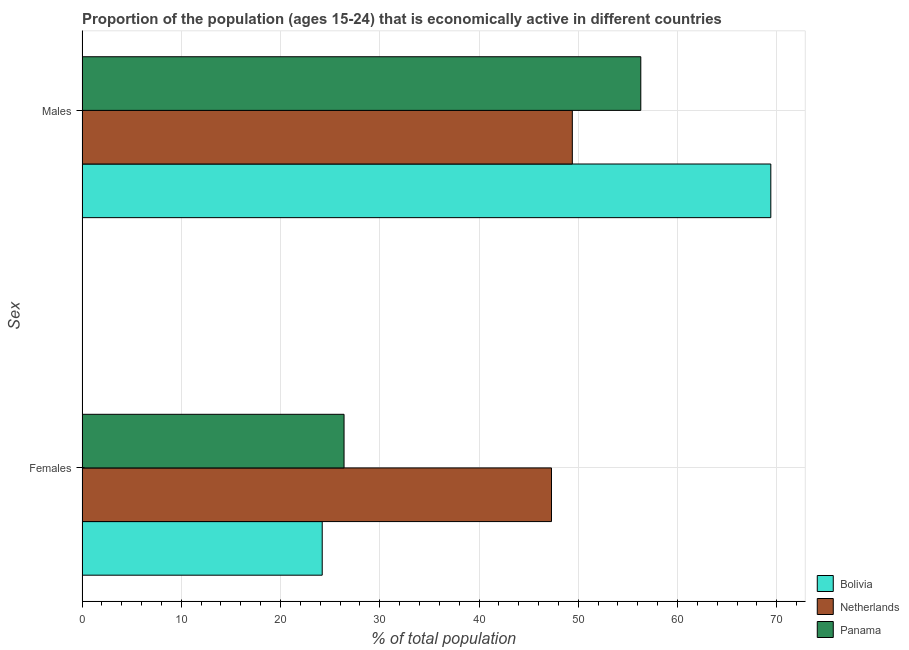
| Sex | Bolivia | Netherlands | Panama |
 | --- | --- | --- | --- |
 | Females | 24.2 | 47.3 | 26.4 |
 | Males | 69.4 | 49.4 | 56.3 |